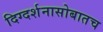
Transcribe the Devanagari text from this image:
दिग्दर्शनासोबातच